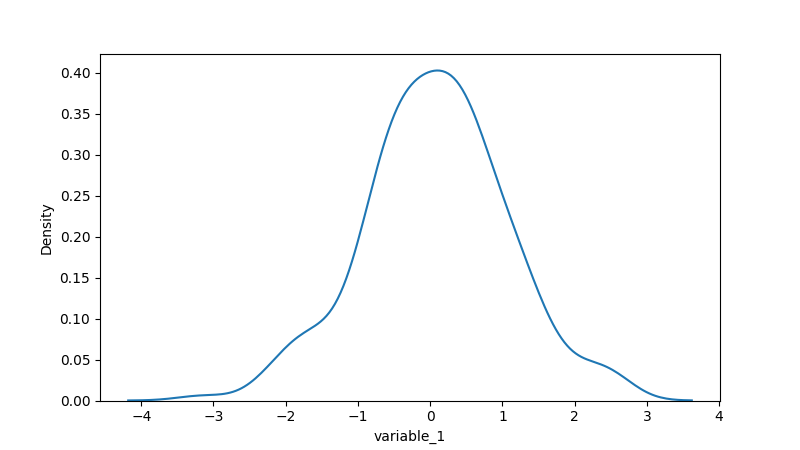
python, seaborn, kdeplot, hue='None', fill=False, bw_adjust=1.0